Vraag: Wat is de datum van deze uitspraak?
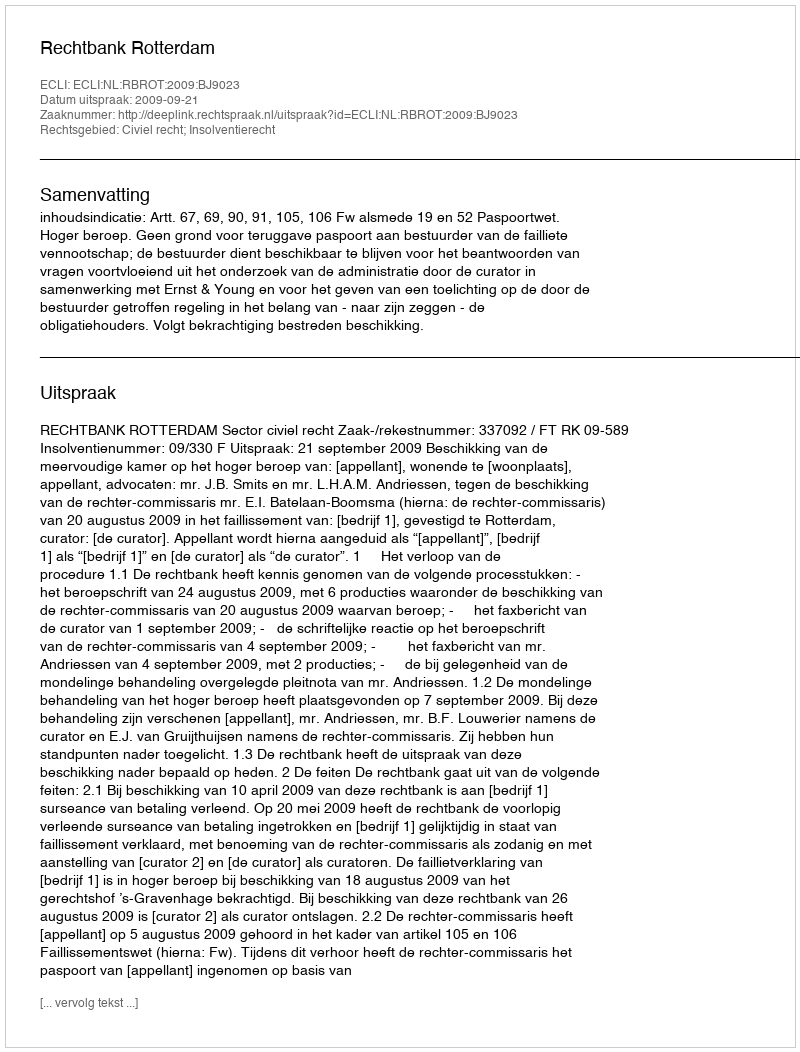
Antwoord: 2009-09-21